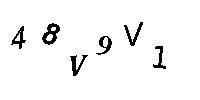
48V9V1